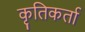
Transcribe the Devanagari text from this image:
कृतिकर्ता